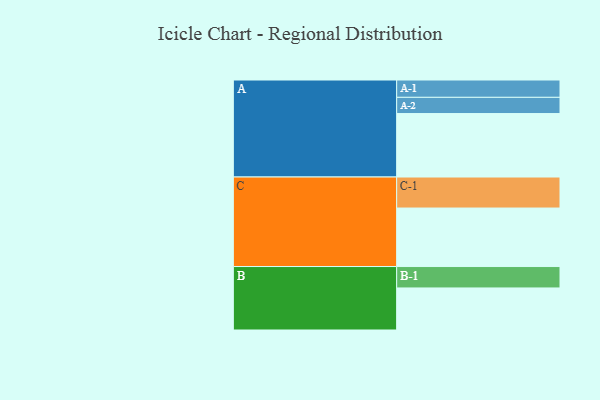
{"axis": {"x": "Segment", "y": "Value"}, "legend": ["", "A", "B", "C"], "data": [{"x": "A", "y": 575, "type": ""}, {"x": "B", "y": 381, "type": ""}, {"x": "C", "y": 530, "type": ""}, {"x": "A-1", "y": 157, "type": "A"}, {"x": "A-2", "y": 147, "type": "A"}, {"x": "B-1", "y": 194, "type": "B"}, {"x": "C-1", "y": 281, "type": "C"}]}